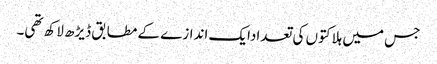
جس میں ہلاکتوں کی تعدادایک اندازے کے مطابق ڈیڑھ لاکھ تھی۔